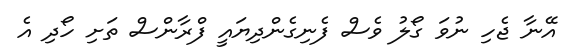
އޭނާ ޖެހި ނުވަ ގޯލު ވެސް ފެނިގެންދިޔައީ ފްރާންސް ތަށި ހޯދި އެ